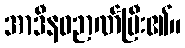
အာဒီနဝဉာဏ်ပြီး၏။